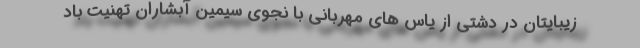
زیبایتان در دشتی از یاس های مهربانی با نجوی سیمین آبشاران تهنیت باد